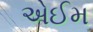
એઈમ